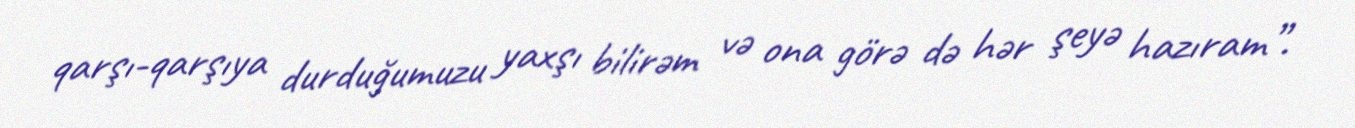
qarşı-qarşıya durduğumuzu yaxşı bilirəm və ona görə də hər şeyə hazıram”.